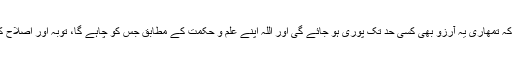
یہ اُن کو خوش خبری دی ہے کہ تمھاری یہ آرزو بھی کسی حد تک پوری ہو جائے گی اور اللہ اپنے علم و حکمت کے مطابق جس کو چاہے گا، توبہ اور اصلاح کی توفیق بھی عطا فرمائے گا۔